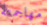
مهاجمته